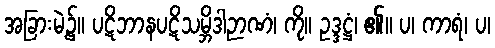
အခြားမဲ့၌။ ပဋိဘာနပဋိသမ္ဘိဒါဉာဏံ၊ ကို။ ဥဒ္ဒဋ္ဌံ၊ ၏။ ပ၊ ကာရံ၊ ပ၊